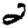
Digit: 2